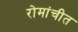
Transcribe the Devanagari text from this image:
रोमांचीत